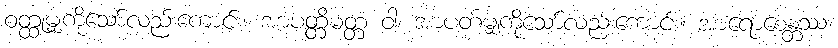
ဝတ္ထုမျှကိုသော်လည်းကောင်း။ အာပတ္တိမတ္တံ ဝါ၊ အာပတ်မျှကိုသော်လည်းကောင်း။ အာရောစေန္တဿ၊